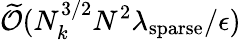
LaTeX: \widetilde{\mathcal{O}}(N_{k}^{3/2}N^{2}\lambda_{\mathrm{sparse}}/\epsilon)